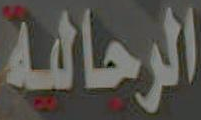
الرحالة